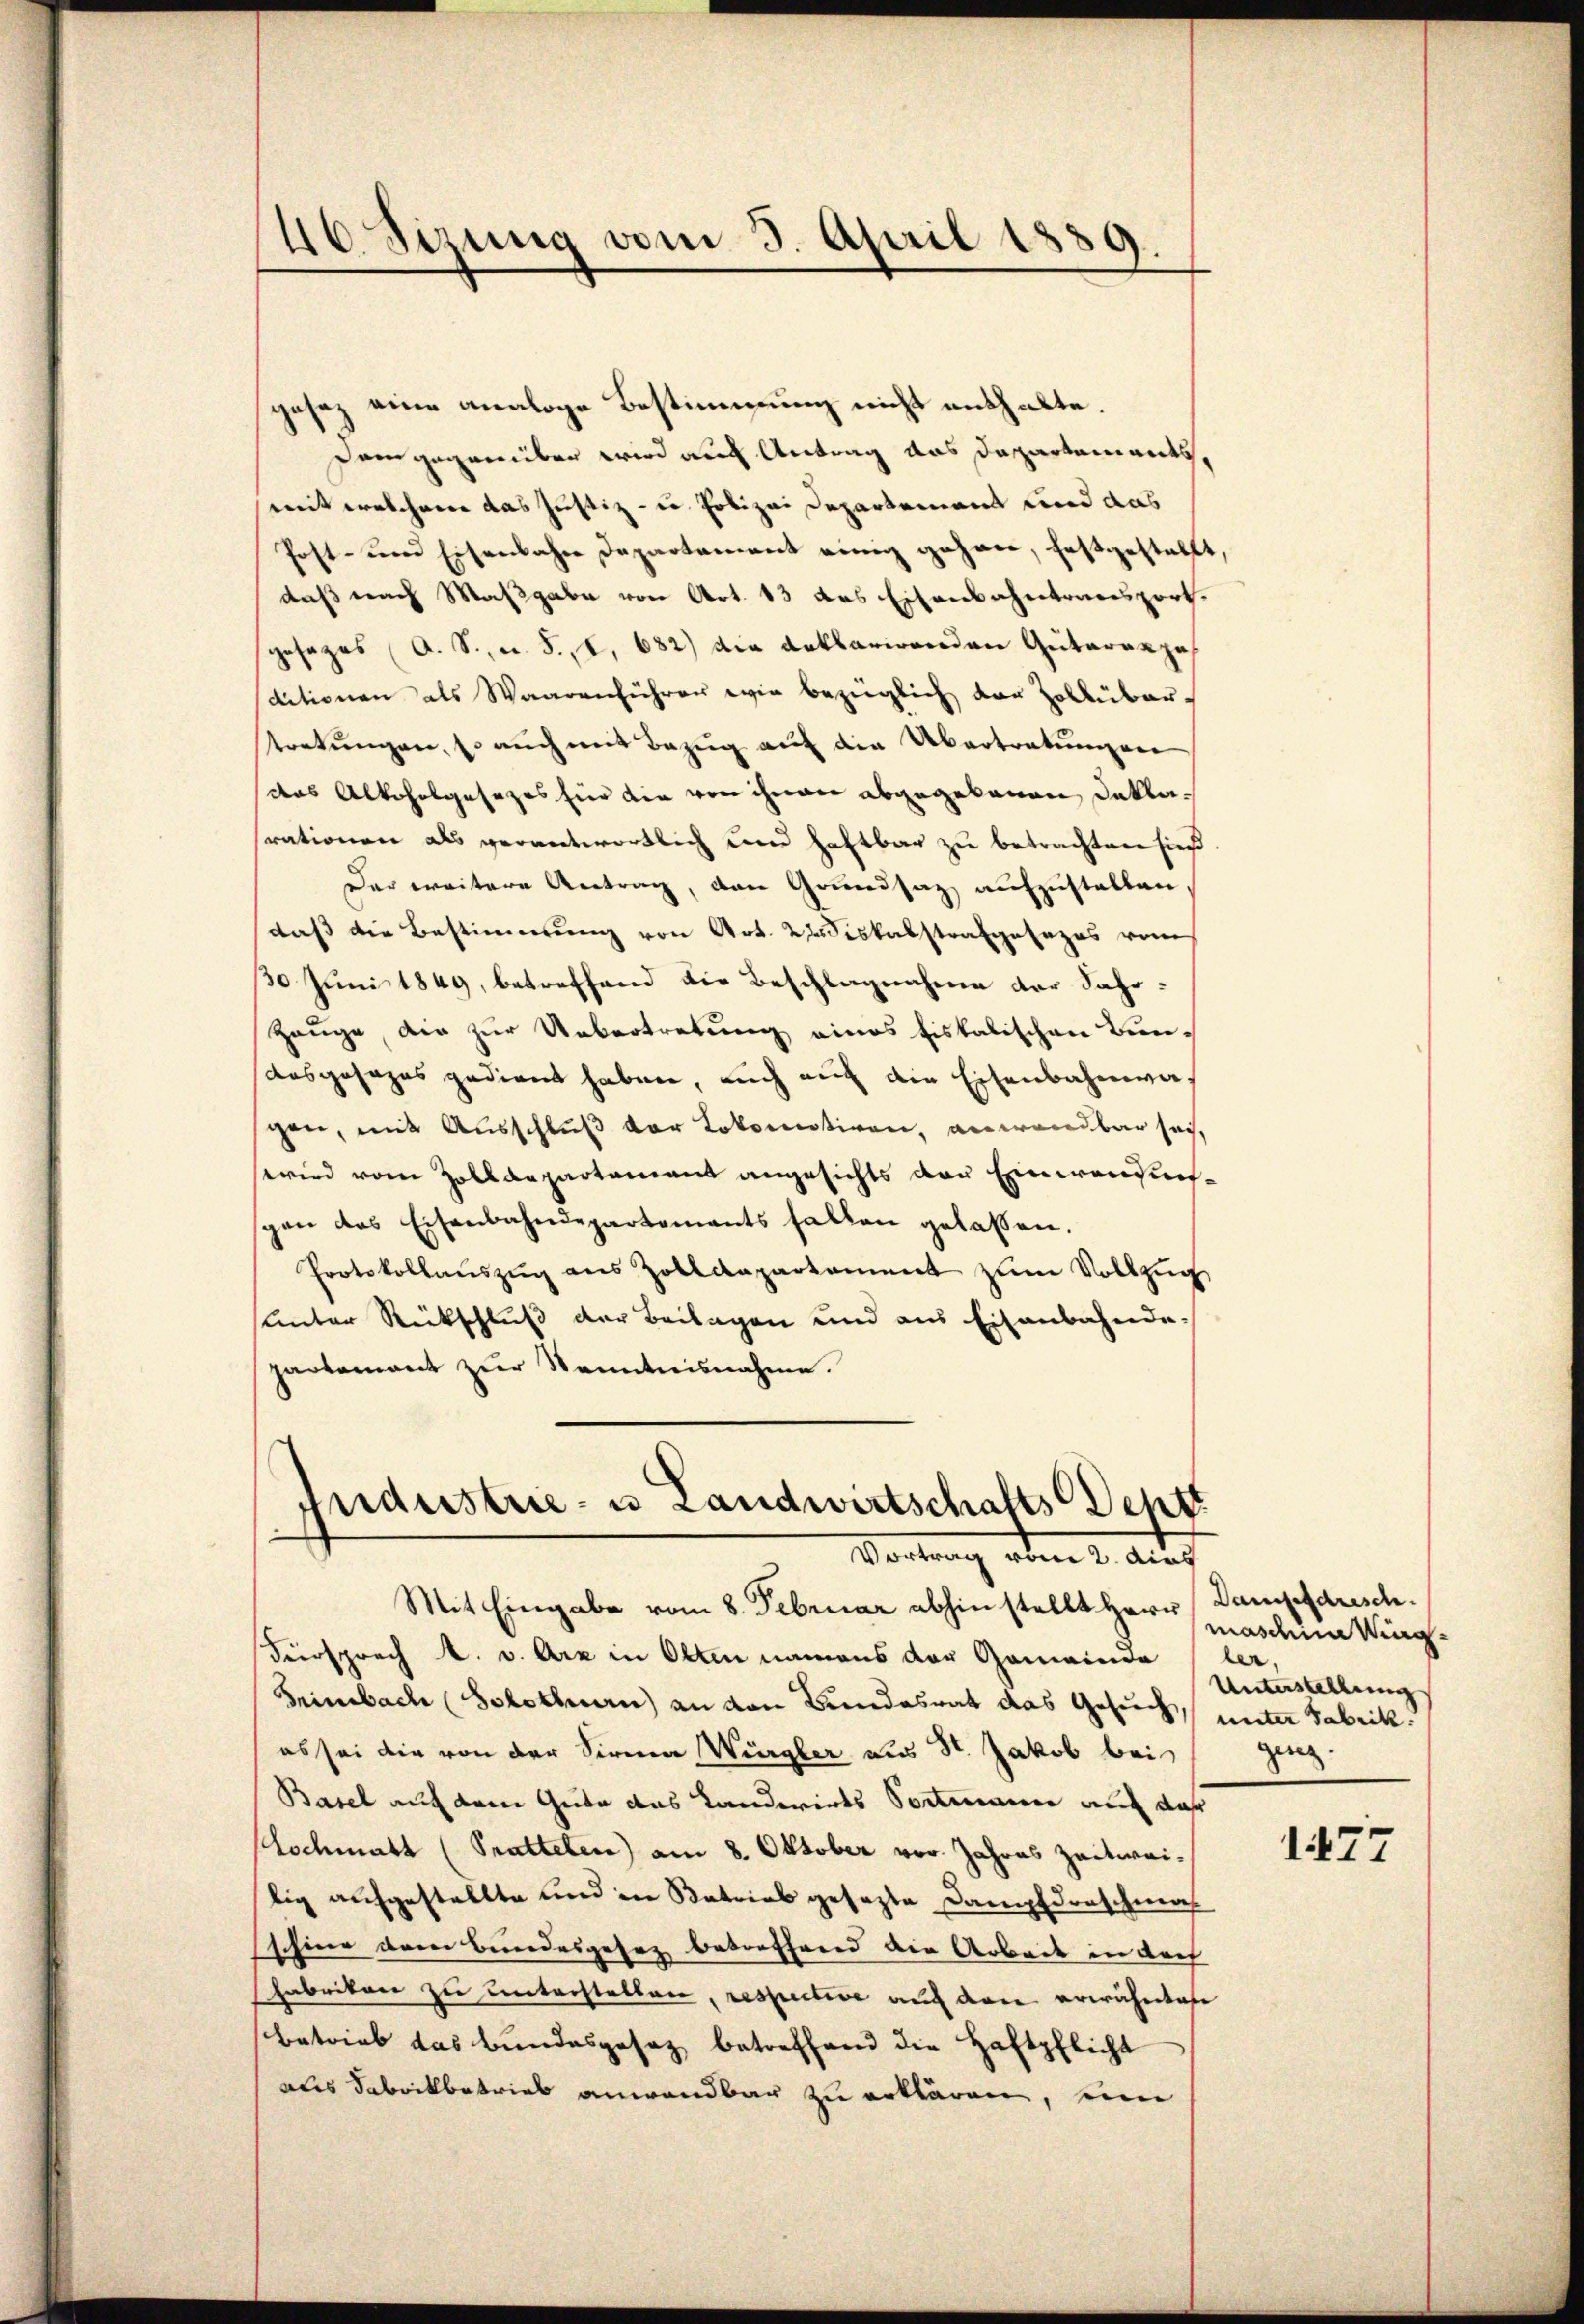
46 Sizung vom 3. April 1889.

gesez eine analoge Bestimmung nicht enthalte.
Dein gegenüber wird auch Antrag das Dapartements,
mit welchene das Justiz- u. Polizei Departement und das
Post- und Eisenbahne Departament einig gehen, festgestellt,
daß nach Maßgabe von Art. 13 das Eisenbahntransport.
sgesezes (A. S., n. F., S. 682) die Anklarirenden Gutararzah
ditionen als Waarenführer wie bezüglich der Zollüber-
tretungen, s. auch mit Bezug auf die Übertretungen
das Alkoholgesezes für die von ihnen abgegebenen Deklarationen als verantwortlich und haftbar zu betrachten hieß
Der weitere Antrag, den Grundsaz aufzustellen,
daß die Bestimmung von Art. 2 Fiskalstrafgesezes vom
10 Juni 1849, betreffend die Beschlagnahme der Fahr¬
Zeuge, die zur Uebertretung eines fiskalischen Bun¬
Ausgesages gedient haben, auch auf die Eisenbahnwagen, mit Ausschluß der Lokomotiren, anwendbar sei,
wird vom Zolldepartament angesichts vor Einwendunspen das Eisenbahndepartements fallen gelassen.
Protokollaŭszŭg ans Zolldepartament zŭm Vollzŭg
unter Rückschluß der Beilagen und aus Eisenbahndepartement zur Kenntnisnahme.
Andustrie- u Landwirtschafts Dept
Vortrag vom 2. auf
Mit Eingabe vom 8. Februar abhin stellt Herr Dampfdresch.
Fürsprech A. v. Arz in Olten namens der Gemeinde (ler,
Heimbach (Solothuen) an von Bundesrat das Gesuch, unter Fabrikes sei die von der Sirna Würgler aus St. Jakob bei
Basel auf dem Geite das Landwirts Sortmann auch daß
Lochmatt (Tratteten) am 8. Oktober vor. Jahres Zeitwei-
lig aufgestellte und in Betrieb gesezte Dampfdorschma
s hier dem Bundesgesez betreffend die Arbeit in doch
Fabrikon zu unterstellen, respective auch den erwähntafe
betrieb das Bundesgesetz betreffend die Haftpflicht
Dis Fabrikbetrieb anwendbar zu erklären, ein

masdena Mag¬
Unterstellung
ging.

1477